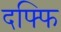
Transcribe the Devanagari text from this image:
दफ्फि